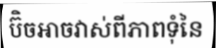
ប៊ិចអាចវាស់ពីភាពទុំនៃ